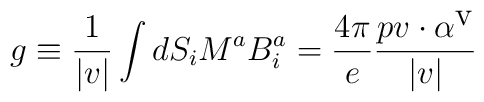
g\equiv \frac{1}{|v|}\int dS_{i}M^{a}B_{i}^{a}=\frac{4\pi }{e}\frac{pv\cdot \alpha ^{\textrm{v}}}{|v|}